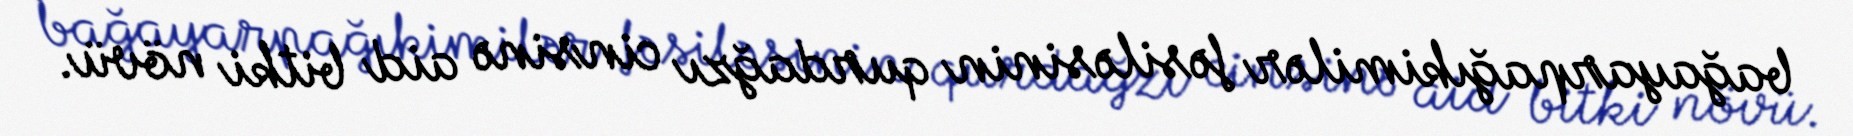
bağayarpağıkimilər fəsiləsinin qurdağzı cinsinə aid bitki növü.